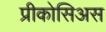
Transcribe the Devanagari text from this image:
प्रीकोसिअस